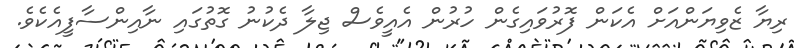
ރިޔާ ޒެވިޔަންއަށް އެކަން ފޮރުވައިގެން ހުރުން އެއީވެސް ޖިލާ ދެކުނު ގޮތުގައި ނާއިންސާފީއެކެވެ.